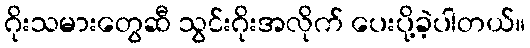
ဂိုးသမားတွေဆီ သွင်းဂိုးအလိုက် ပေးပို့ခဲ့ပါတယ်။